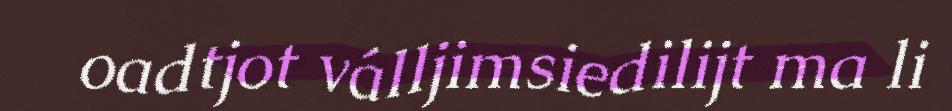
oadtjot válljimsiedilijt ma li